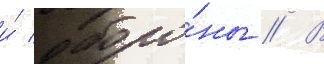
и́ оборо́ны // В